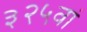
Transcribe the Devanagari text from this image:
३२५वां